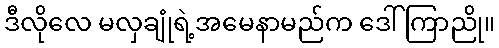
ဒီလိုလေ မလှချုံရဲ့အမေနာမည်က ဒေါ်ကြာညို။